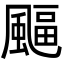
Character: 𩘆